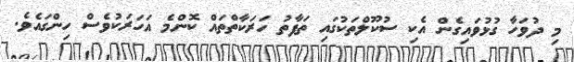
މި ދުވަހާ ގުޅުވައިގެން އެކި ސުކޫލްތަކުގައި ތަފާތު ހަރަކާތްތައް ކޮންމެ އަހަރަކުވެސް ހިންގައެވެ.